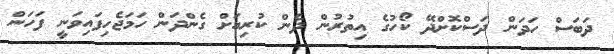
ދަބަސް ހަދަން ދަސްކޮށްދޭ ކޯހުގެ އިތުރުން ދެން ކުރިއަށް ގެންދަން ހަމަޖެހިފައިވަނީ ފަހަން